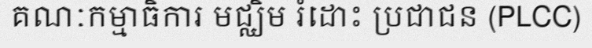
គណៈកម្មាធិការ មជ្ឈិម រំដោះ ប្រជាជន (PLCC)